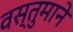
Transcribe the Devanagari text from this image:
वस्तुमाने